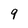
Character: 9